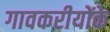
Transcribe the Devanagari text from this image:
गावकरीयोंके